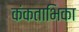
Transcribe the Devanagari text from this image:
कंकताभिका